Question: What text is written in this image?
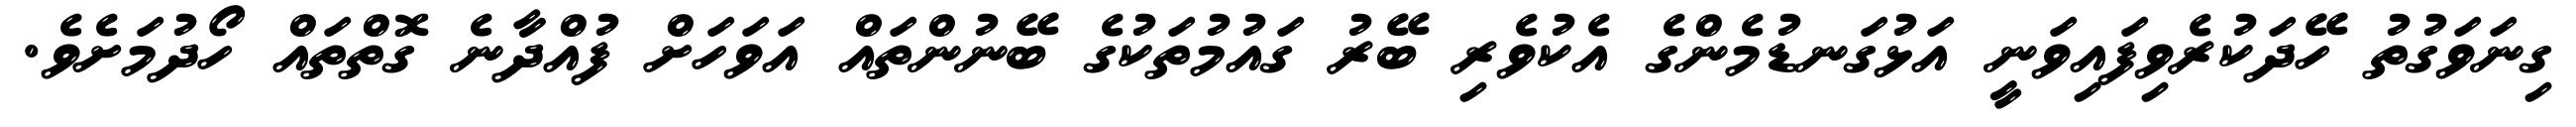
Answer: ގިނަވަގުތު ހޭދަކުރެވިފައިވަނީ އަޅުގަނޑުމެންގެ އެކުވެރި ބޭރު ގައުމުތަކުގެ ބޭނުންތައް އަވަހަށް ފުއްދާނެ ގޮތްތައް ހޯދުމަށެވެ.